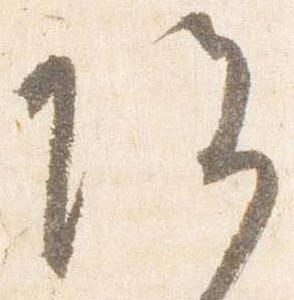
院